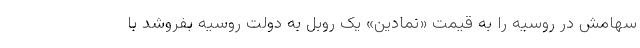
سهامش در روسیه را به قیمت «نمادین» یک روبل به دولت روسیه بفروشد با